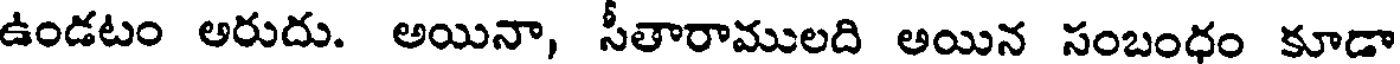
ఉండటం అరుదు. అయినా, సీతారాములది అయిన సంబంధం కూడా